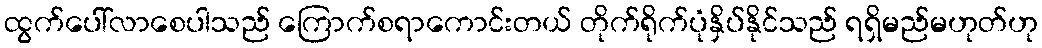
ထွက်ပေါ်လာစေပါသည် ကြောက်စရာကောင်းတယ် တိုက်ရိုက်ပုံနှိပ်နိုင်သည် ရရှိမည်မဟုတ်ဟု